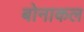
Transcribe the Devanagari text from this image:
बोनाकल